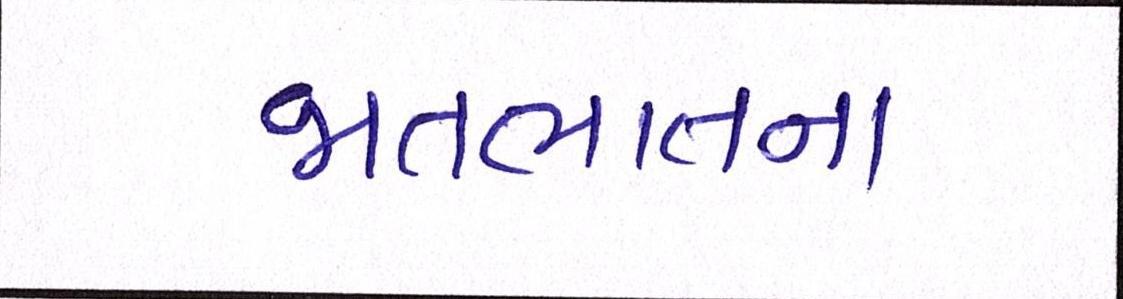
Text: જાતભાતના